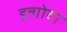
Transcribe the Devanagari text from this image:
इन्गोदा